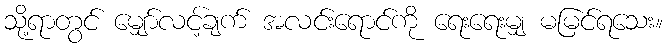
သို့ရာတွင် မျှော်လင့်ချက် အလင်းရောင်ကို ရေးရေးမျှ မမြင်ရသေး။